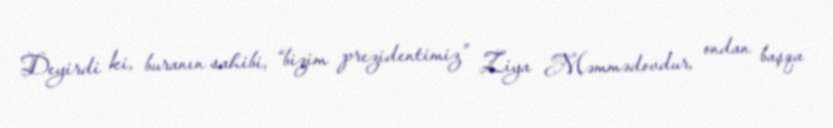
Deyirdi ki, buranın sahibi, “bizim prezidentimiz” Ziya Məmmədovdur, ondan başqa